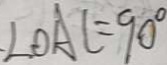
\angle O A C = 9 0 ^ { \circ }